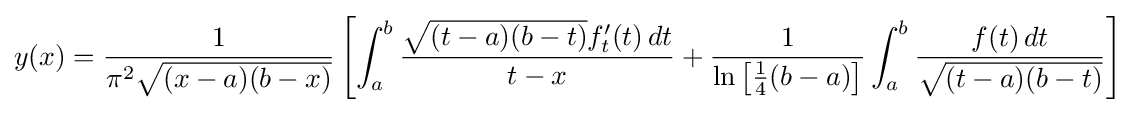
y(x)={\frac {1}{\pi ^{2}{\sqrt {(x-a)(b-x)}}}}\left[\int _{a}^{b}{\frac {{\sqrt {(t-a)(b-t)}}f'_{t}(t)\,dt}{t-x}}+{\frac {1}{\ln \left[{\frac {1}{4}}(b-a)\right]}}\int _{a}^{b}{\frac {f(t)\,dt}{\sqrt {(t-a)(b-t)}}}\right]